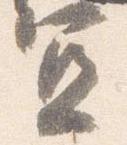
宜